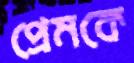
প্রেমকে